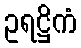
ဥရဋ္ဌိကံ